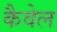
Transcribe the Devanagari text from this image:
कैवेल